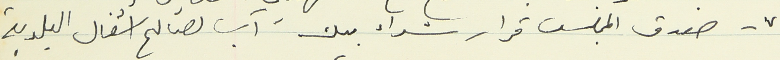
٧ - صدق المجلس قرار شراء بيك آب لصالح اشغال البلدية